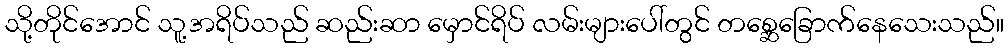
သို့တိုင်အောင် သူ့အရိပ်သည် ဆည်းဆာ မှောင်ရိပ် လမ်းများပေါ်တွင် တစ္ဆေခြောက်နေသေးသည်။